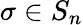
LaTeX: \sigma\in S_{n}